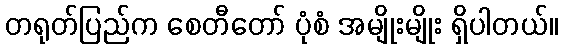
တရုတ်ပြည်က စေတီတော် ပုံစံ အမျိုးမျိုး ရှိပါတယ်။